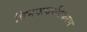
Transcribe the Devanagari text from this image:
विभक्त्यर्थप्रकरण